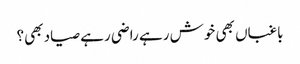
باغباں بھی خوش رہے راضی رہے صیاد بھی؟